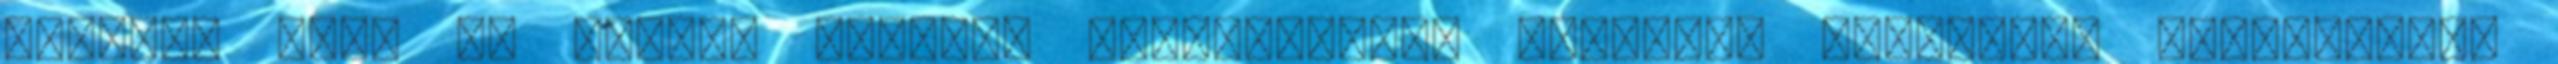
lettem. Mint fa köves, sziklás hegyoldalon, száradó, megdőlten kapaszkodó,